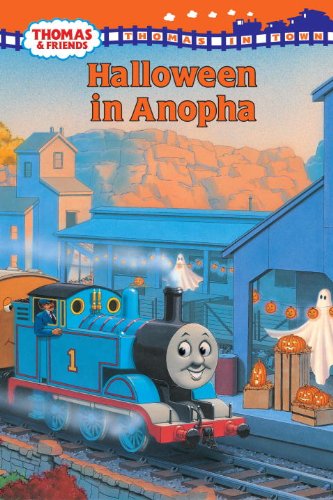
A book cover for Halloween in Anopha (Thomas & Friends); Rev. W. Awdry; Children's Books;